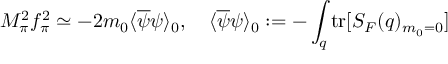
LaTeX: M _ { \pi } ^ { 2 } f _ { \pi } ^ { 2 } \simeq - 2 m _ { 0 } \langle \overline { { { \psi } } } \psi \rangle _ { 0 } , \quad \langle \overline { { { \psi } } } \psi \rangle _ { 0 } : = - \int _ { q } \mathrm { t r } [ S _ { F } ( q ) _ { m _ { 0 } = 0 } ]